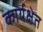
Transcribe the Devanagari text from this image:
कार्यक्षेत